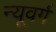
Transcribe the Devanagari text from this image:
न्यूवर्ग